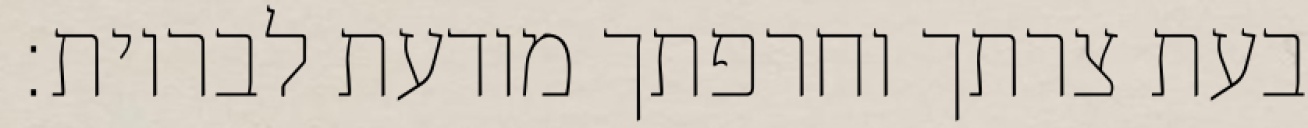
בעת צרתך וחרפתך מודעת לבריות: